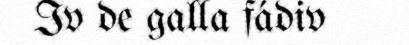
Iv de galla fádiv